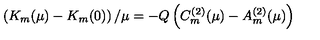
\left( K _ { m } ( \mu ) - K _ { m } ( 0 ) \right) / \mu = - Q \left( C _ { m } ^ { ( 2 ) } ( \mu ) - A _ { m } ^ { ( 2 ) } ( \mu ) \right)